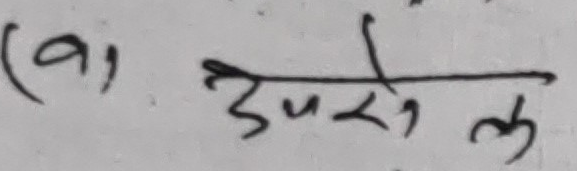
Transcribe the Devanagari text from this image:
(a) उससे ल